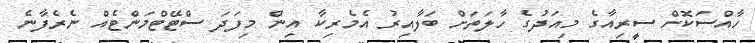
ހާއްސަކޮށް ސީރިއާގެ މިއަދުގެ ހާލަތަށް ބަލާއިރު އެމެރިކާ އިން މިފަދަ ސްޓޭޓްމަންޓެއް ނެރެފާނެ